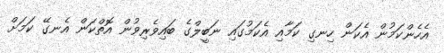
އެހެންކަމުން އެކަން ހިނގި ކަމާއި އެކަމުގައި ނަބީލްގެ ބައިވެރިވުން އޮތްކަން އެނގޭ ކަމަށް